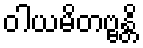
ဝါယမိတဗ္ဗန္တိ